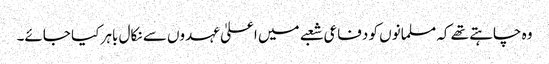
وہ چاہتے تھے کہ مسلمانوں کو دفاعی شعبے میں اعلیٰ عہدوں سے نکال باہر کیا جائے۔